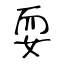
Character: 耍